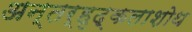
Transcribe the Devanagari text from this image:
अन्तर्हृद्कलाशोथ